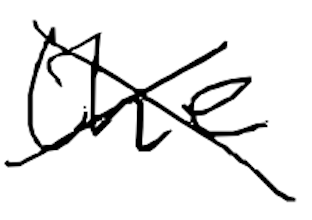
Text: the
Cross-out: cross
Writing tool: digital_black